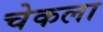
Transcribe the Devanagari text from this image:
चेकला